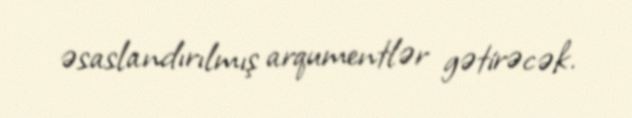
əsaslandırılmış arqumentlər gətirəcək.